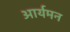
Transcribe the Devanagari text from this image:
आर्यमन